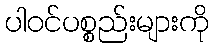
ပါဝင်ပစ္စည်းများကို